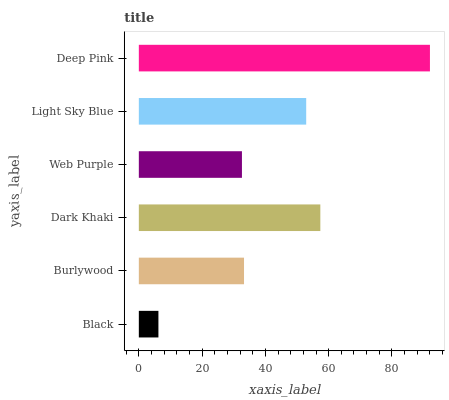
| yaxis_label | bars |
 | --- | --- |
 | Black | 6.19 |
 | Burlywood | 33.2 |
 | Dark Khaki | 57.4 |
 | Web Purple | 32.6 |
 | Light Sky Blue | 52.9 |
 | Deep Pink | 92 |